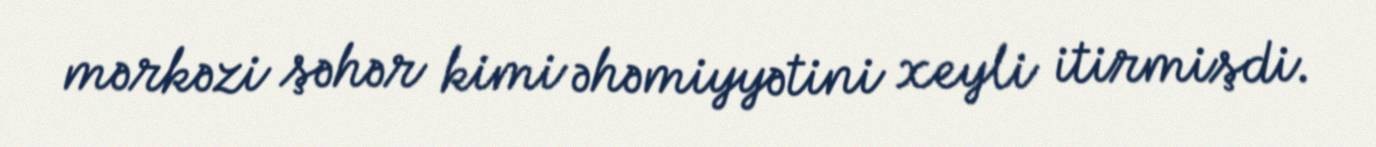
mərkəzi şəhər kimi əhəmiyyətini xeyli itirmişdi.